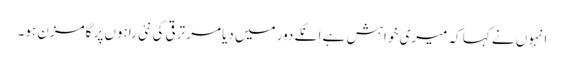
انہوں نے کہا کہ میری خواہش ہے انکے دور میں دیامر ترقی کی نئی راہوں پر گامزن ہو۔